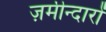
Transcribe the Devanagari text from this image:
ज़मीन्दारों